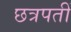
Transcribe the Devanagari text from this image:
छत्रपतीं